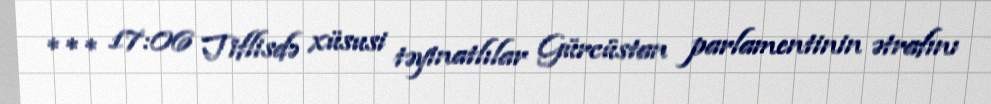
*** 17:06 Tiflisdə xüsusi təyinatlılar Gürcüstan parlamentinin ətrafını